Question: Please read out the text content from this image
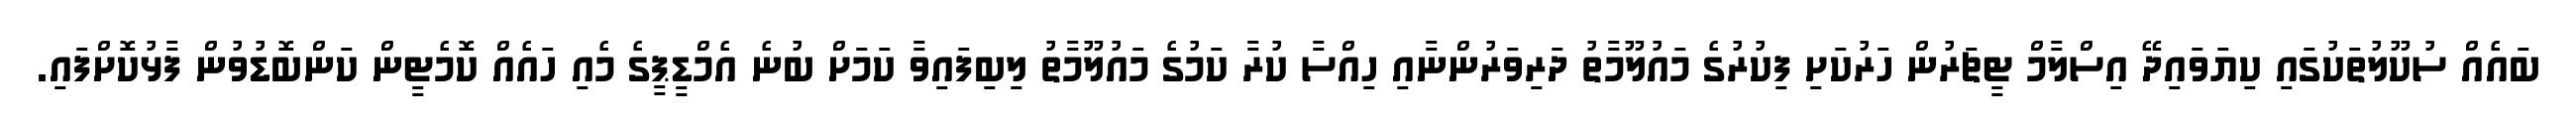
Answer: ބައެއް ސުކޫލުތަކުގައި ކިޔަވައިދޭ އިސްލާމް ޓީޗަރުން ހަރުކަށި ފިކުރުގެ މައުލޫމާތު ދަރިވަރުންނާއި ހިއްސާ ކުރާ ކަމުގެ މައުލޫމާތު ލިބިފައިވާ ކަމަށް ބުނެ އެމްޑީޕީގެ މެއި ހައެއް ކޮމެޓީން ކަންބޮޑުވުން ފާޅުކޮށްފައި.